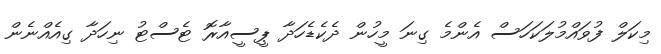
މިކަލް ފުވައްމުލަކަހަސް އެންމެ ގިނަ މީހުން ދެކެޑެހަދާ ޕީސީއާރޮ ޓެސްޓު ނިހަދާ ގިއެއްނެން